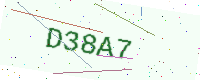
Text: D38A7